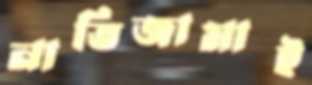
নাতিজামাই